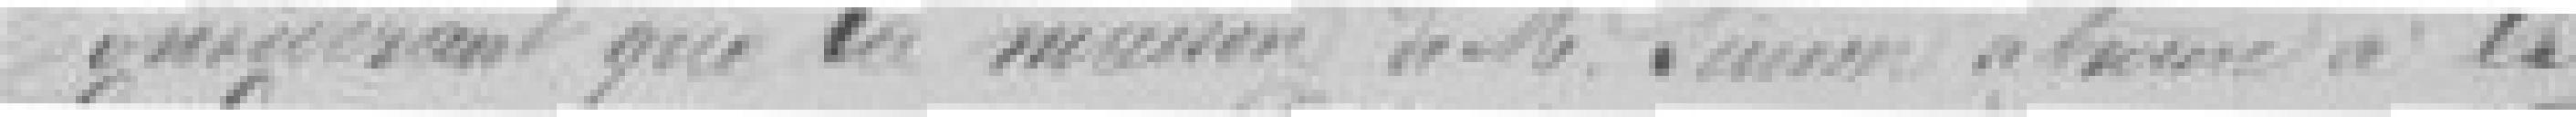
Considérant que la maison de monsieur Simon se trouve à la